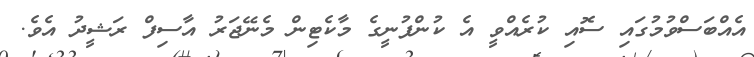
އެއްބަސްވުމުގައި ސޮއި ކުރެއްވީ އެ ކުންފުނީގެ މާކެޓިން މެނޭޖަރު އާސިފް ރަޝީދު އެވެ.